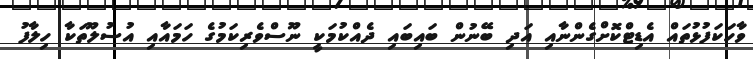
ވާހަކަފުޅުތައް އެޑިޓްކޮށްގެންނާއި އަދި ބޭނުން ބައިބައި ދެއްކުމަކީ ނޫސްވެރިކަމުގެ ހަމައާއި އުސުލޫތަކާ ހިލާފު